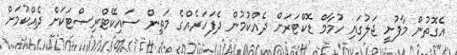
އެގޮތުން މާފުށީ ޖަލުގައި ހުމާމް ޑޮކްޓަރަށް ދެއްކުމުން ދެފަހަރެއްގެ މަތިން ސައިކޭޓްރިސްޓަކަށް ދެއްކުމަށް